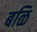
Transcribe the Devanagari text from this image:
बळि